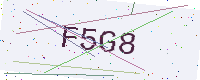
Text: F5G8